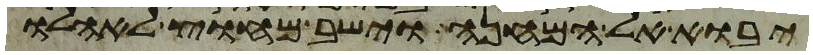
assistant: יבוא אל המחנה וישב מחוץ לאהלו